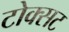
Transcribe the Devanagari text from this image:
टोक्सट